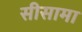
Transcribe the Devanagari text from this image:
सीसामा